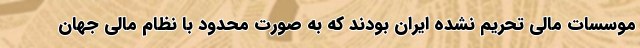
موسسات مالی تحریم نشده ایران بودند که به صورت محدود با نظام مالی جهان